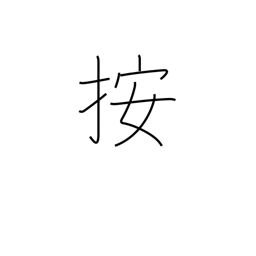
Meaning: hold